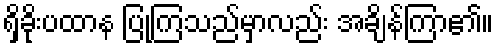
ရှိခိုးပထာန ပြုကြသည်မှာလည်း အချိန်ကြာ၏။